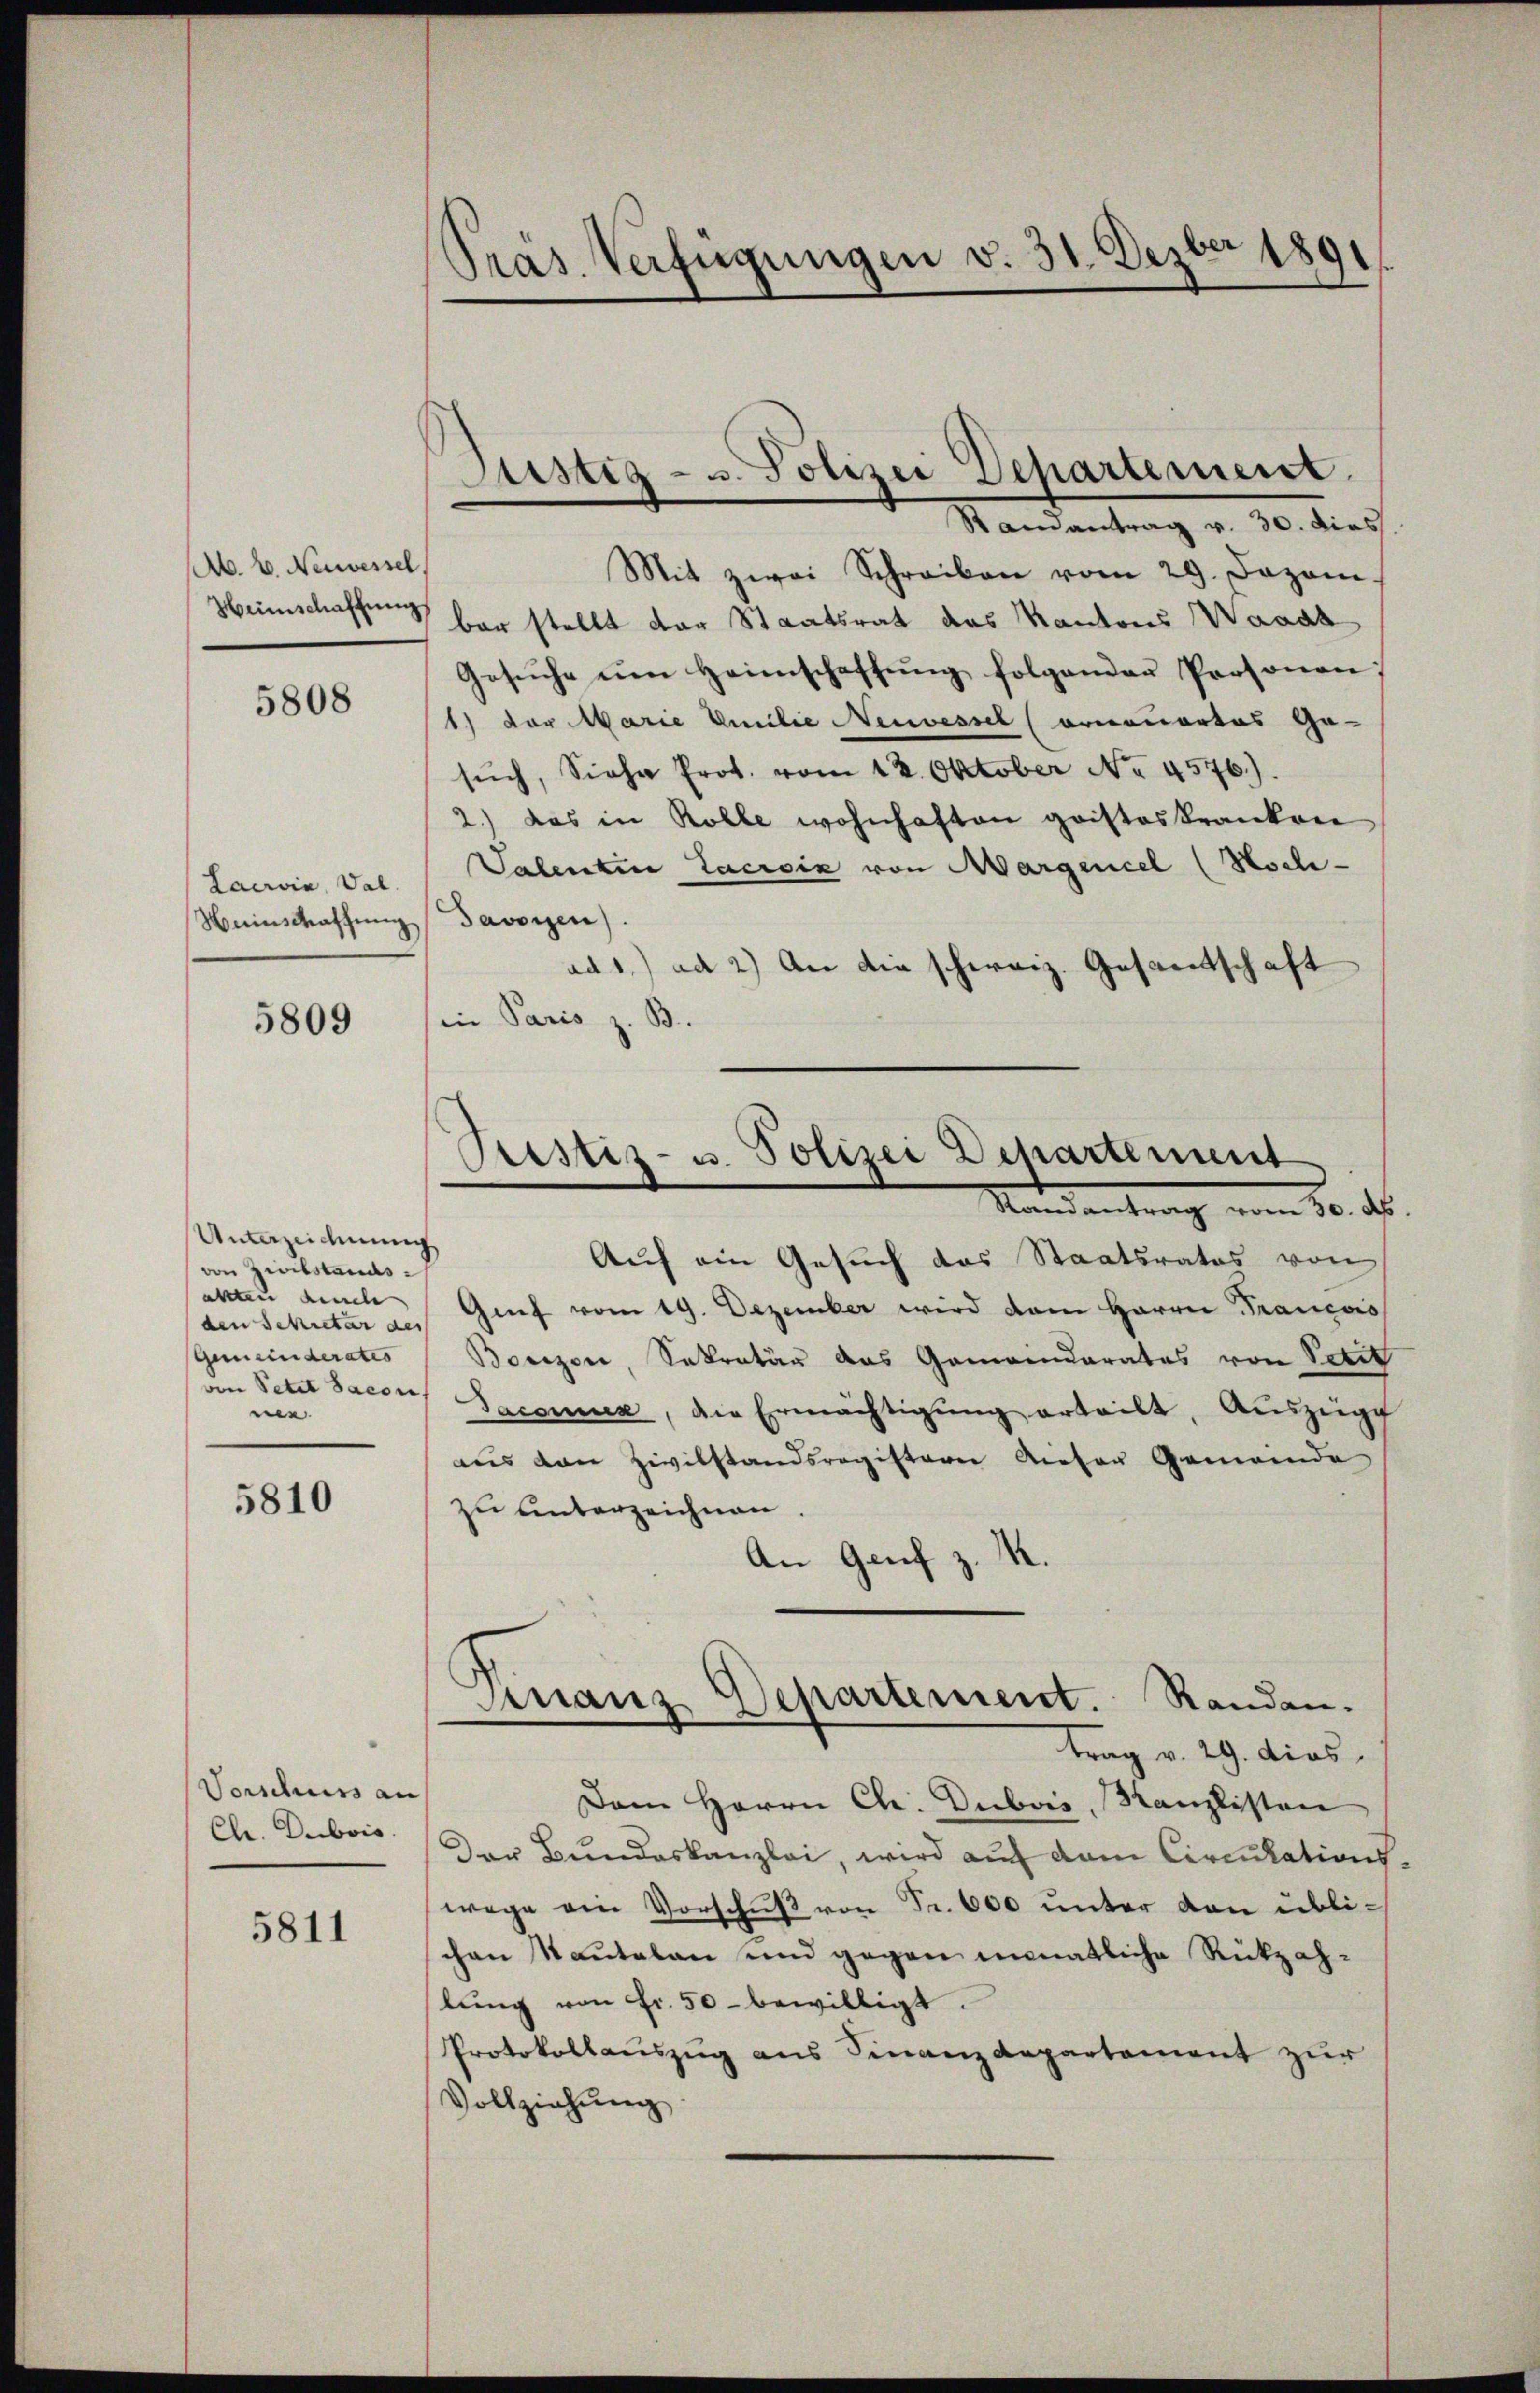
Ab. v. Neuessel

5808

Lacria, Val
Weinschaffung davorzen).

5809

Unterzeichnung
von Zivilstandsaltten auch
Gemeinderates
ne

5810

Vorschuss an
Chr. Dubois.

5811

Präs. Verfügungen v. 31. Dezber 1891

Mit zwei Schreiben vom 29. Dezem.
Heimschaffung bar stellt der Staatsrat des Kantons Waadt
Gesŭche ŭm Heimschaffŭng folgenden Personen,
1) vor Marie Emilie Neuvessel (ornouortes Ge-
sŭch, Siehe Prot. vom 12. Oktober No. 4576.).
2.) Das in Rolle wohnhaften gristeskranken
Sabentin Lacroix von Marquicel (Hochad 1. ad 2.) An die schweiz. Gesandtschaft
in Paris z. B.

Justiz- u. Polizei Departement.
Randantrag v. 30. dies

Prestiz- u. Polizei Departement
Randantrag vom 30. ds.

Auf ein Gesuch das Staatsrates von
den Schretar des Genf vom 19. Dezember wird dem Harrer Francois
Bonzon, Sekretär das Gemeinderates von Petit
an Peter Jacon Saconus, die Ermächtigŭng erteilt, Auszüge
aus den Zivilstandsregisterer dieser Gemeinde
zu unterzeichnen.
An Genf z. M.
Dem Herrn Ch. Dubois, Kanzlisten
Der Bundeskanzlei, wird auf dem Circulations,
wege ein Vorschŭβ von Fr. 600 unter von üblischon Kantalen und gegen minatliche Rückzah-
lŭng von Fr. 50 bewilligt.
Protokollauszug aus Finanzdepartement zur
Vollziehung

Finanz Departement. Randen.
trag v. 29. dies